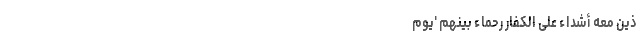
َذِینَ مَعَهُ أَشِدَّاءُ عَلَی الْکُفَّارِ رُحَمَاءُ بَیْنَهُمْ 'یوم